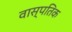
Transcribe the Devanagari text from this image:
वास्पतिक